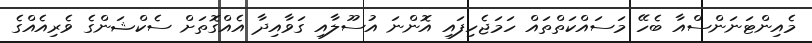
މެއިންޓަނަންސްއާ ބެހޭ މަސައްކަތްތައް ހަމަޖެހިފައި އޮންނަ އުސޫލާއި ގަވާއިދާ އެއްގޮތަށް ސެކްޝަންގެ ވެރިއެއްގެ